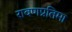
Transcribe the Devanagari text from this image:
रावणप्रतिमा